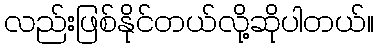
လည်းဖြစ်နိုင်တယ်လို့ဆိုပါတယ်။